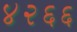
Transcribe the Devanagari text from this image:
४२६६